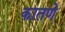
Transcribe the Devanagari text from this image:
कातणे